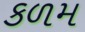
કળમ